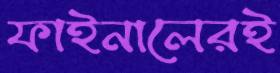
ফাইনালেরই